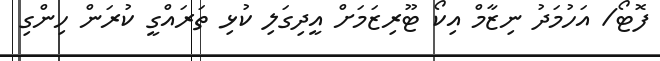
ފޮޓޯ/ އަހުމަދު ނިޒާމް އިކޯ ޓޫރިޒަމަށް އީދިގަލި ކުޅި ތަރައްގީ ކުރަން ހިންގި